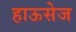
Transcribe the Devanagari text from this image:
हाऊसेज